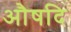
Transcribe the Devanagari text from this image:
औषदि